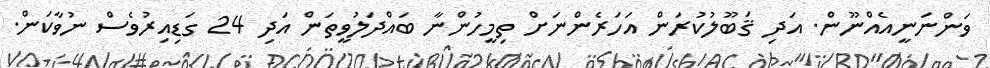
ވަންނަނީއެއްނޫން. އަދި ޤަބޫލުކުރަން އަހަރެންނަށް ތިމީހުންނާ ބައްދަލުވީތަން އަދި 24 ގަޑިއިރުވެސް ނުވާކަން.